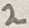
Text: 2